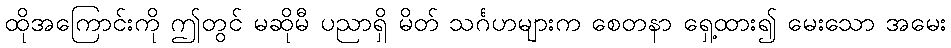
ထိုအကြောင်းကို ဤတွင် မဆိုမီ ပညာရှိ မိတ် သင်္ဂဟများက စေတနာ ရှေ့ထား၍ မေးသော အမေး